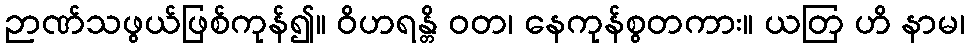
ဉာဏ်သဖွယ်ဖြစ်ကုန်၍။ ဝိဟရန္တိ ဝတ၊ နေကုန်စွတကား။ ယတြ ဟိ နာမ၊